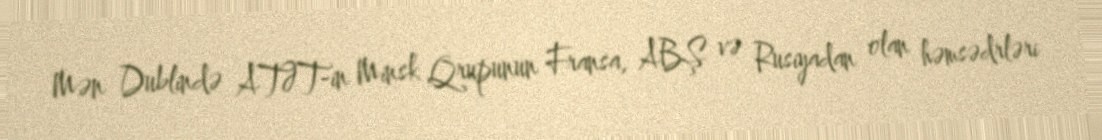
Mən Dublində ATƏT-in Minsk Qrupunun Fransa, ABŞ və Rusiyadan olan həmsədrləri